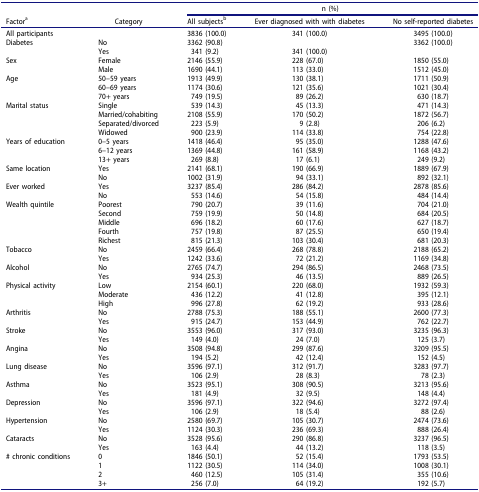
<table><thead><tr><td><b> </b></td><td><b> </b></td><td colspan="3"><b>n (%)</b></td></tr><tr><td><b>Factor<sup>a</sup></b></td><td><b>Category</b></td><td><b>All subjects<sup>b</sup></b></td><td><b>Ever diagnosed with with diabetes</b></td><td><b>No self-reported diabetes</b></td></tr></thead><tbody><tr><td>All participants</td><td> </td><td>3836 (100.0)</td><td>341 (100.0)</td><td>3495 (100.0)</td></tr><tr><td>Diabetes</td><td>No</td><td>3362 (90.8)</td><td> </td><td>3362 (100.0)</td></tr><tr><td> </td><td>Yes</td><td>341 (9.2)</td><td>341 (100.0)</td><td> </td></tr><tr><td>Sex</td><td>Female</td><td>2146 (55.9)</td><td>228 (67.0)</td><td>1850 (55.0)</td></tr><tr><td> </td><td>Male</td><td>1690 (44.1)</td><td>113 (33.0)</td><td>1512 (45.0)</td></tr><tr><td>Age</td><td>50–59 years</td><td>1913 (49.9)</td><td>130 (38.1)</td><td>1711 (50.9)</td></tr><tr><td> </td><td>60–69 years</td><td>1174 (30.6)</td><td>121 (35.6)</td><td>1021 (30.4)</td></tr><tr><td> </td><td>70+ years</td><td>749 (19.5)</td><td>89 (26.2)</td><td>630 (18.7)</td></tr><tr><td>Marital status</td><td>Single</td><td>539 (14.3)</td><td>45 (13.3)</td><td>471 (14.3)</td></tr><tr><td> </td><td>Married/cohabiting</td><td>2108 (55.9)</td><td>170 (50.2)</td><td>1872 (56.7)</td></tr><tr><td> </td><td>Separated/divorced</td><td>223 (5.9)</td><td>9 (2.8)</td><td>206 (6.2)</td></tr><tr><td> </td><td>Widowed</td><td>900 (23.9)</td><td>114 (33.8)</td><td>754 (22.8)</td></tr><tr><td>Years of education</td><td>0–5 years</td><td>1418 (46.4)</td><td>95 (35.0)</td><td>1288 (47.6)</td></tr><tr><td> </td><td>6–12 years</td><td>1369 (44.8)</td><td>161 (58.9)</td><td>1168 (43.2)</td></tr><tr><td> </td><td>13+ years</td><td>269 (8.8)</td><td>17 (6.1)</td><td>249 (9.2)</td></tr><tr><td>Same location</td><td>Yes</td><td>2141 (68.1)</td><td>190 (66.9)</td><td>1889 (67.9)</td></tr><tr><td> </td><td>No</td><td>1002 (31.9)</td><td>94 (33.1)</td><td>892 (32.1)</td></tr><tr><td>Ever worked</td><td>Yes</td><td>3237 (85.4)</td><td>286 (84.2)</td><td>2878 (85.6)</td></tr><tr><td> </td><td>No</td><td>553 (14.6)</td><td>54 (15.8)</td><td>484 (14.4)</td></tr><tr><td>Wealth quintile</td><td>Poorest</td><td>790 (20.7)</td><td>39 (11.6)</td><td>704 (21.0)</td></tr><tr><td> </td><td>Second</td><td>759 (19.9)</td><td>50 (14.8)</td><td>684 (20.5)</td></tr><tr><td> </td><td>Middle</td><td>696 (18.2)</td><td>60 (17.6)</td><td>627 (18.7)</td></tr><tr><td> </td><td>Fourth</td><td>757 (19.8)</td><td>87 (25.5)</td><td>650 (19.4)</td></tr><tr><td> </td><td>Richest</td><td>815 (21.3)</td><td>103 (30.4)</td><td>681 (20.3)</td></tr><tr><td>Tobacco</td><td>No</td><td>2459 (66.4)</td><td>268 (78.8)</td><td>2188 (65.2)</td></tr><tr><td> </td><td>Yes</td><td>1242 (33.6)</td><td>72 (21.2)</td><td>1169 (34.8)</td></tr><tr><td>Alcohol</td><td>No</td><td>2765 (74.7)</td><td>294 (86.5)</td><td>2468 (73.5)</td></tr><tr><td> </td><td>Yes</td><td>934 (25.3)</td><td>46 (13.5)</td><td>889 (26.5)</td></tr><tr><td>Physical activity</td><td>Low</td><td>2154 (60.1)</td><td>220 (68.0)</td><td>1932 (59.3)</td></tr><tr><td> </td><td>Moderate</td><td>436 (12.2)</td><td>41 (12.8)</td><td>395 (12.1)</td></tr><tr><td> </td><td>High</td><td>996 (27.8)</td><td>62 (19.2)</td><td>933 (28.6)</td></tr><tr><td>Arthritis</td><td>No</td><td>2788 (75.3)</td><td>188 (55.1)</td><td>2600 (77.3)</td></tr><tr><td> </td><td>Yes</td><td>915 (24.7)</td><td>153 (44.9)</td><td>762 (22.7)</td></tr><tr><td>Stroke</td><td>No</td><td>3553 (96.0)</td><td>317 (93.0)</td><td>3235 (96.3)</td></tr><tr><td> </td><td>Yes</td><td>149 (4.0)</td><td>24 (7.0)</td><td>125 (3.7)</td></tr><tr><td>Angina</td><td>No</td><td>3508 (94.8)</td><td>299 (87.6)</td><td>3209 (95.5)</td></tr><tr><td> </td><td>Yes</td><td>194 (5.2)</td><td>42 (12.4)</td><td>152 (4.5)</td></tr><tr><td>Lung disease</td><td>No</td><td>3596 (97.1)</td><td>312 (91.7)</td><td>3283 (97.7)</td></tr><tr><td> </td><td>Yes</td><td>106 (2.9)</td><td>28 (8.3)</td><td>78 (2.3)</td></tr><tr><td>Asthma</td><td>No</td><td>3523 (95.1)</td><td>308 (90.5)</td><td>3213 (95.6)</td></tr><tr><td> </td><td>Yes</td><td>181 (4.9)</td><td>32 (9.5)</td><td>148 (4.4)</td></tr><tr><td>Depression</td><td>No</td><td>3596 (97.1)</td><td>322 (94.6)</td><td>3272 (97.4)</td></tr><tr><td> </td><td>Yes</td><td>106 (2.9)</td><td>18 (5.4)</td><td>88 (2.6)</td></tr><tr><td>Hypertension</td><td>No</td><td>2580 (69.7)</td><td>105 (30.7)</td><td>2474 (73.6)</td></tr><tr><td> </td><td>Yes</td><td>1124 (30.3)</td><td>236 (69.3)</td><td>888 (26.4)</td></tr><tr><td>Cataracts</td><td>No</td><td>3528 (95.6)</td><td>290 (86.8)</td><td>3237 (96.5)</td></tr><tr><td> </td><td>Yes</td><td>163 (4.4)</td><td>44 (13.2)</td><td>118 (3.5)</td></tr><tr><td># chronic conditions</td><td>0</td><td>1846 (50.1)</td><td>52 (15.4)</td><td>1793 (53.5)</td></tr><tr><td> </td><td>1</td><td>1122 (30.5)</td><td>114 (34.0)</td><td>1008 (30.1)</td></tr><tr><td> </td><td>2</td><td>460 (12.5)</td><td>105 (31.4)</td><td>355 (10.6)</td></tr><tr><td> </td><td>3+</td><td>256 (7.0)</td><td>64 (19.2)</td><td>192 (5.7)</td></tr></tbody></table>